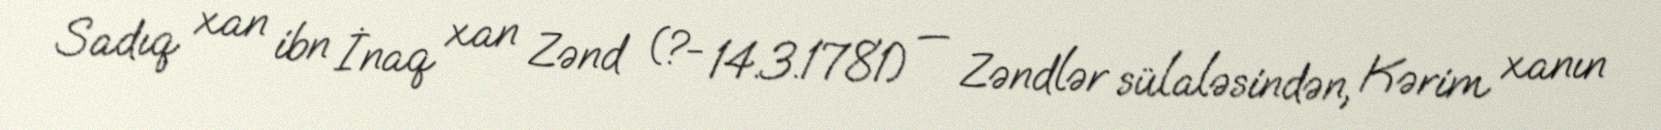
Sadıq xan ibn İnaq xan Zənd (?- 14.3.1781) — Zəndlər sülaləsindən, Kərim xanın